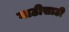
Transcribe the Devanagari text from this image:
गाठीसाठी